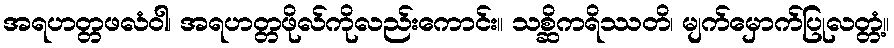
အရဟတ္တဖလံဝါ၊ အရဟတ္တဖိုလ်ကိုလည်းကောင်း။ သစ္ဆိကရိဿတိ၊ မျက်မှောက်ပြုလတ္တံ့။